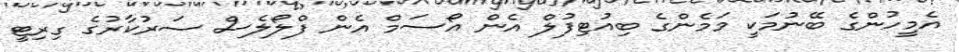
އެމީހުންގެ ބޭނުމަކީ މަމެންގެ ބިއުޓިފުލް އެން އޯސަމް އެން ފްލޯލެސް ސަރުކާރުގެ ގިރިޓީ